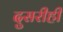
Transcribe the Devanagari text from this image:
दुसरीही